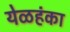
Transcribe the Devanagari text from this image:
येळहंका